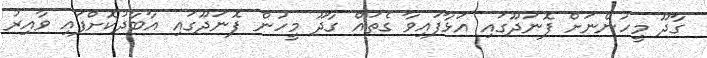
ގާދޫ މީހުންނަށް ފޮނަދޫގައި އަޅާފައިވާ ގެތައް ގާދޫ މީހުން ފޮނަދޫގައި އާބާދުކޮށްފައި ވާއިރު